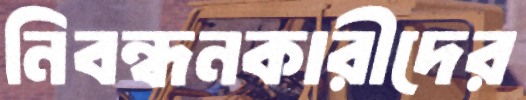
নিবন্ধনকারীদের